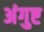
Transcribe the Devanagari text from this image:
अंगुष्ट